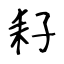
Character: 耔